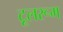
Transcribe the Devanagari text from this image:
टूलरूम